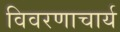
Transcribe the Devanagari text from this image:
विवरणाचार्य